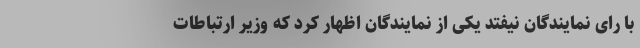
با رای نمایندگان نیفتد یکی از نمایندگان اظهار کرد که وزیر ارتباطات